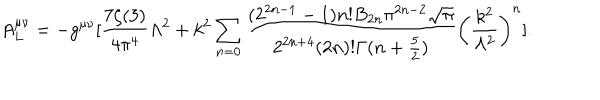
A _ { L } ^ { \mu \nu } = - g ^ { \mu \nu } [ { \frac { 7 \zeta ( 3 ) } { 4 \pi ^ { 4 } } } \Lambda ^ { 2 } + k ^ { 2 } \sum _ { n = 0 } { \frac { ( 2 ^ { 2 n - 1 } - 1 ) n ! B _ { 2 n } \pi ^ { 2 n - 2 } { \sqrt \pi } } { 2 ^ { 2 n + 4 } ( 2 n ) ! \Gamma ( n + \frac { 5 } { 2 } ) } } \left( { \frac { k ^ { 2 } } { \Lambda ^ { 2 } } } \right) ^ { n } ] .